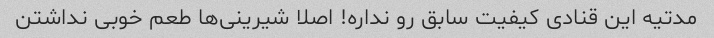
مدتیه این قنادی کیفیت سابق رو نداره! اصلا شیرینی‌ها طعم خوبی نداشتن